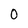
Character: 0